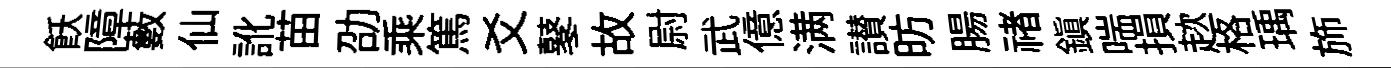
飫障藪仙訛苗劭乘篤爻鼕故尉武億满讃昉腸禇鎮喘損趑格瑀斾